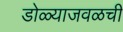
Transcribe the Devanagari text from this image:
डोळ्याजवळची